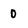
Character: 0